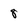
Character: 8